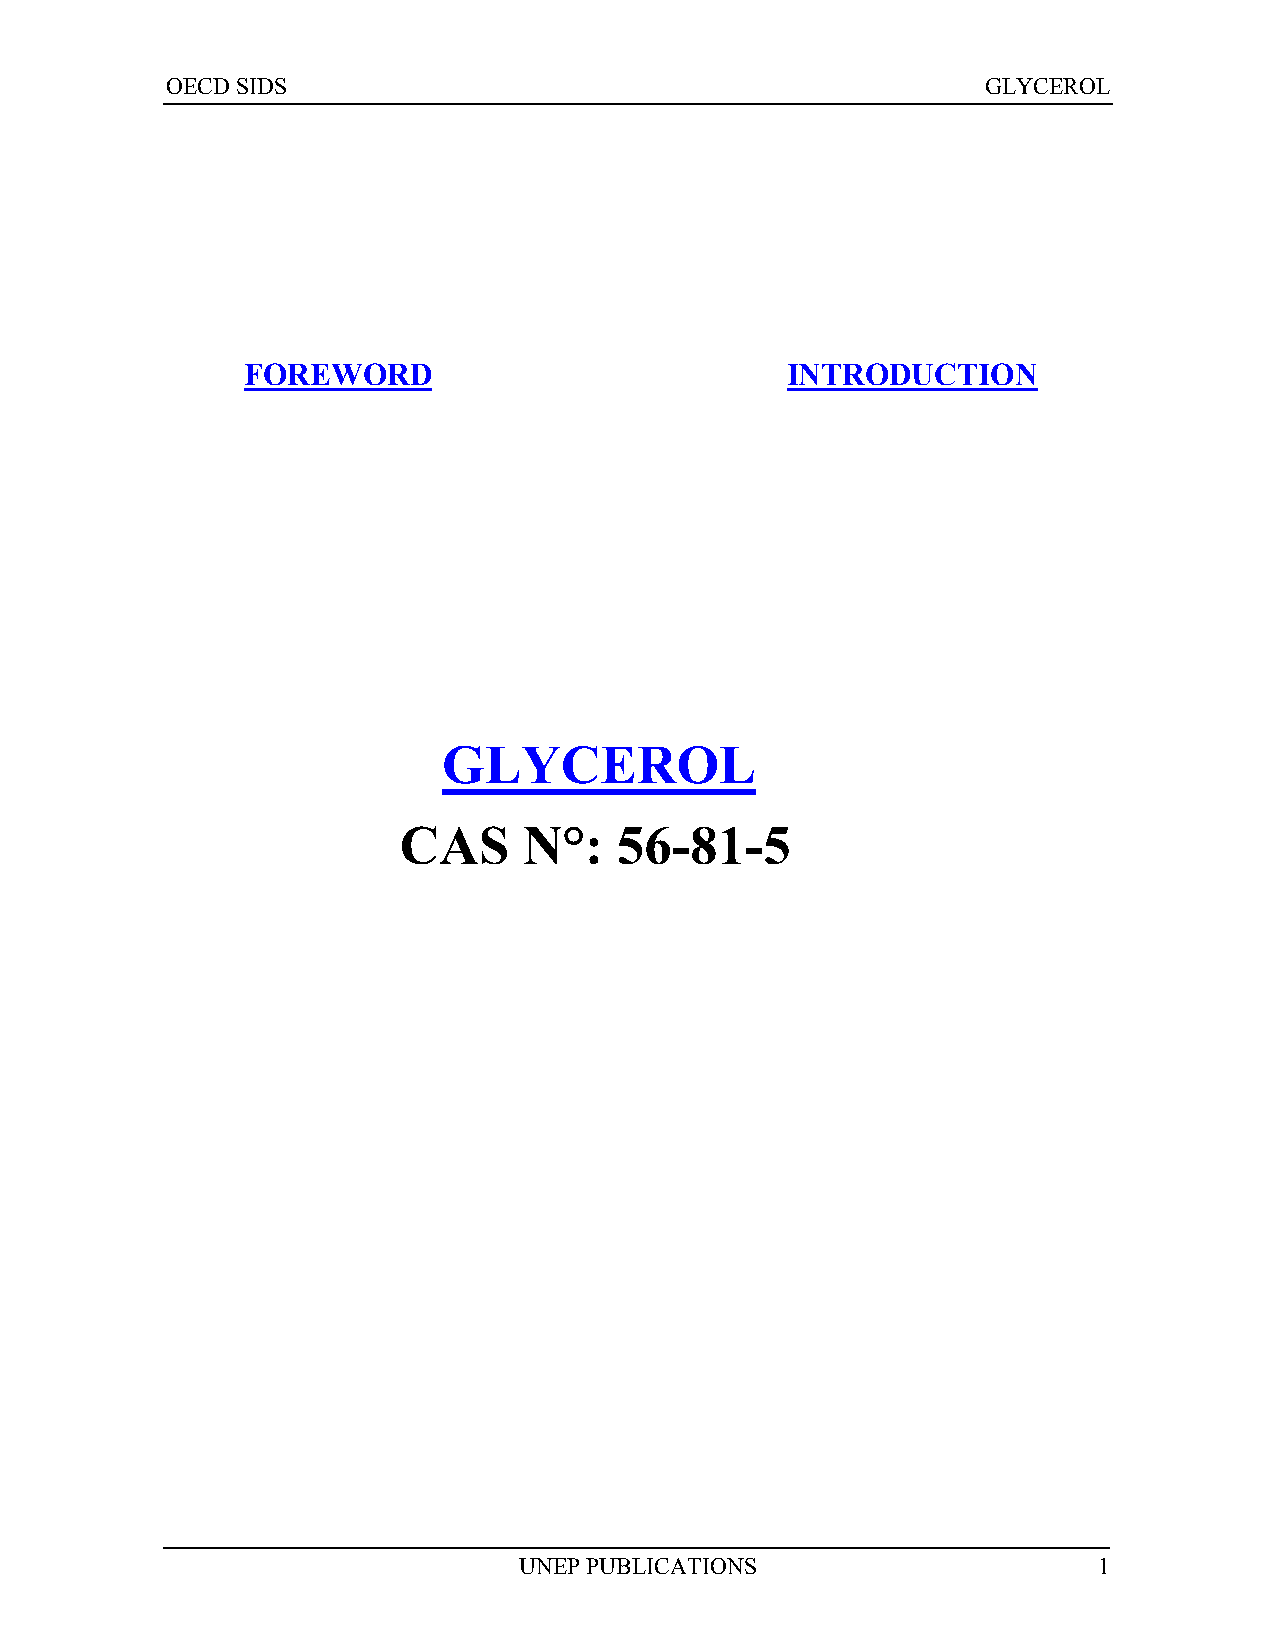
OECD SIDS                                             GLYCEROL
 FOREWORD                            INTRODUCTION
 GLYCEROL
 CAS      N°:   56-81-5
 UNEP PUBLICATIONS                      1